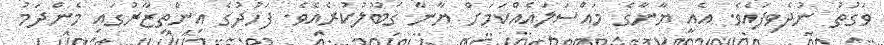
ވަގުތު ނުދެވިފައެވެ. އެއީ ޔާނާގެ މައްސަލައެއްކަމަށް ޔާނާ ޤަބޫލުކުރެއެވެ. ފަހުދުގެ އިންތިޒާރުގައި މެންދަމު